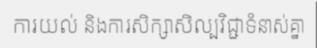
ការយល់ និងការសិក្សាសិល្បវិជ្ជាទំនាស់គ្នា